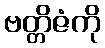
ဗတ္တိဇံကို